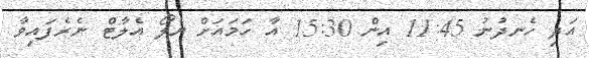
އަދި ހެނދުނު 11:45 އިން 15:30 އާ ހަމައަށް ޔެލޯ އެލާޓް ނެރެފައިވާ